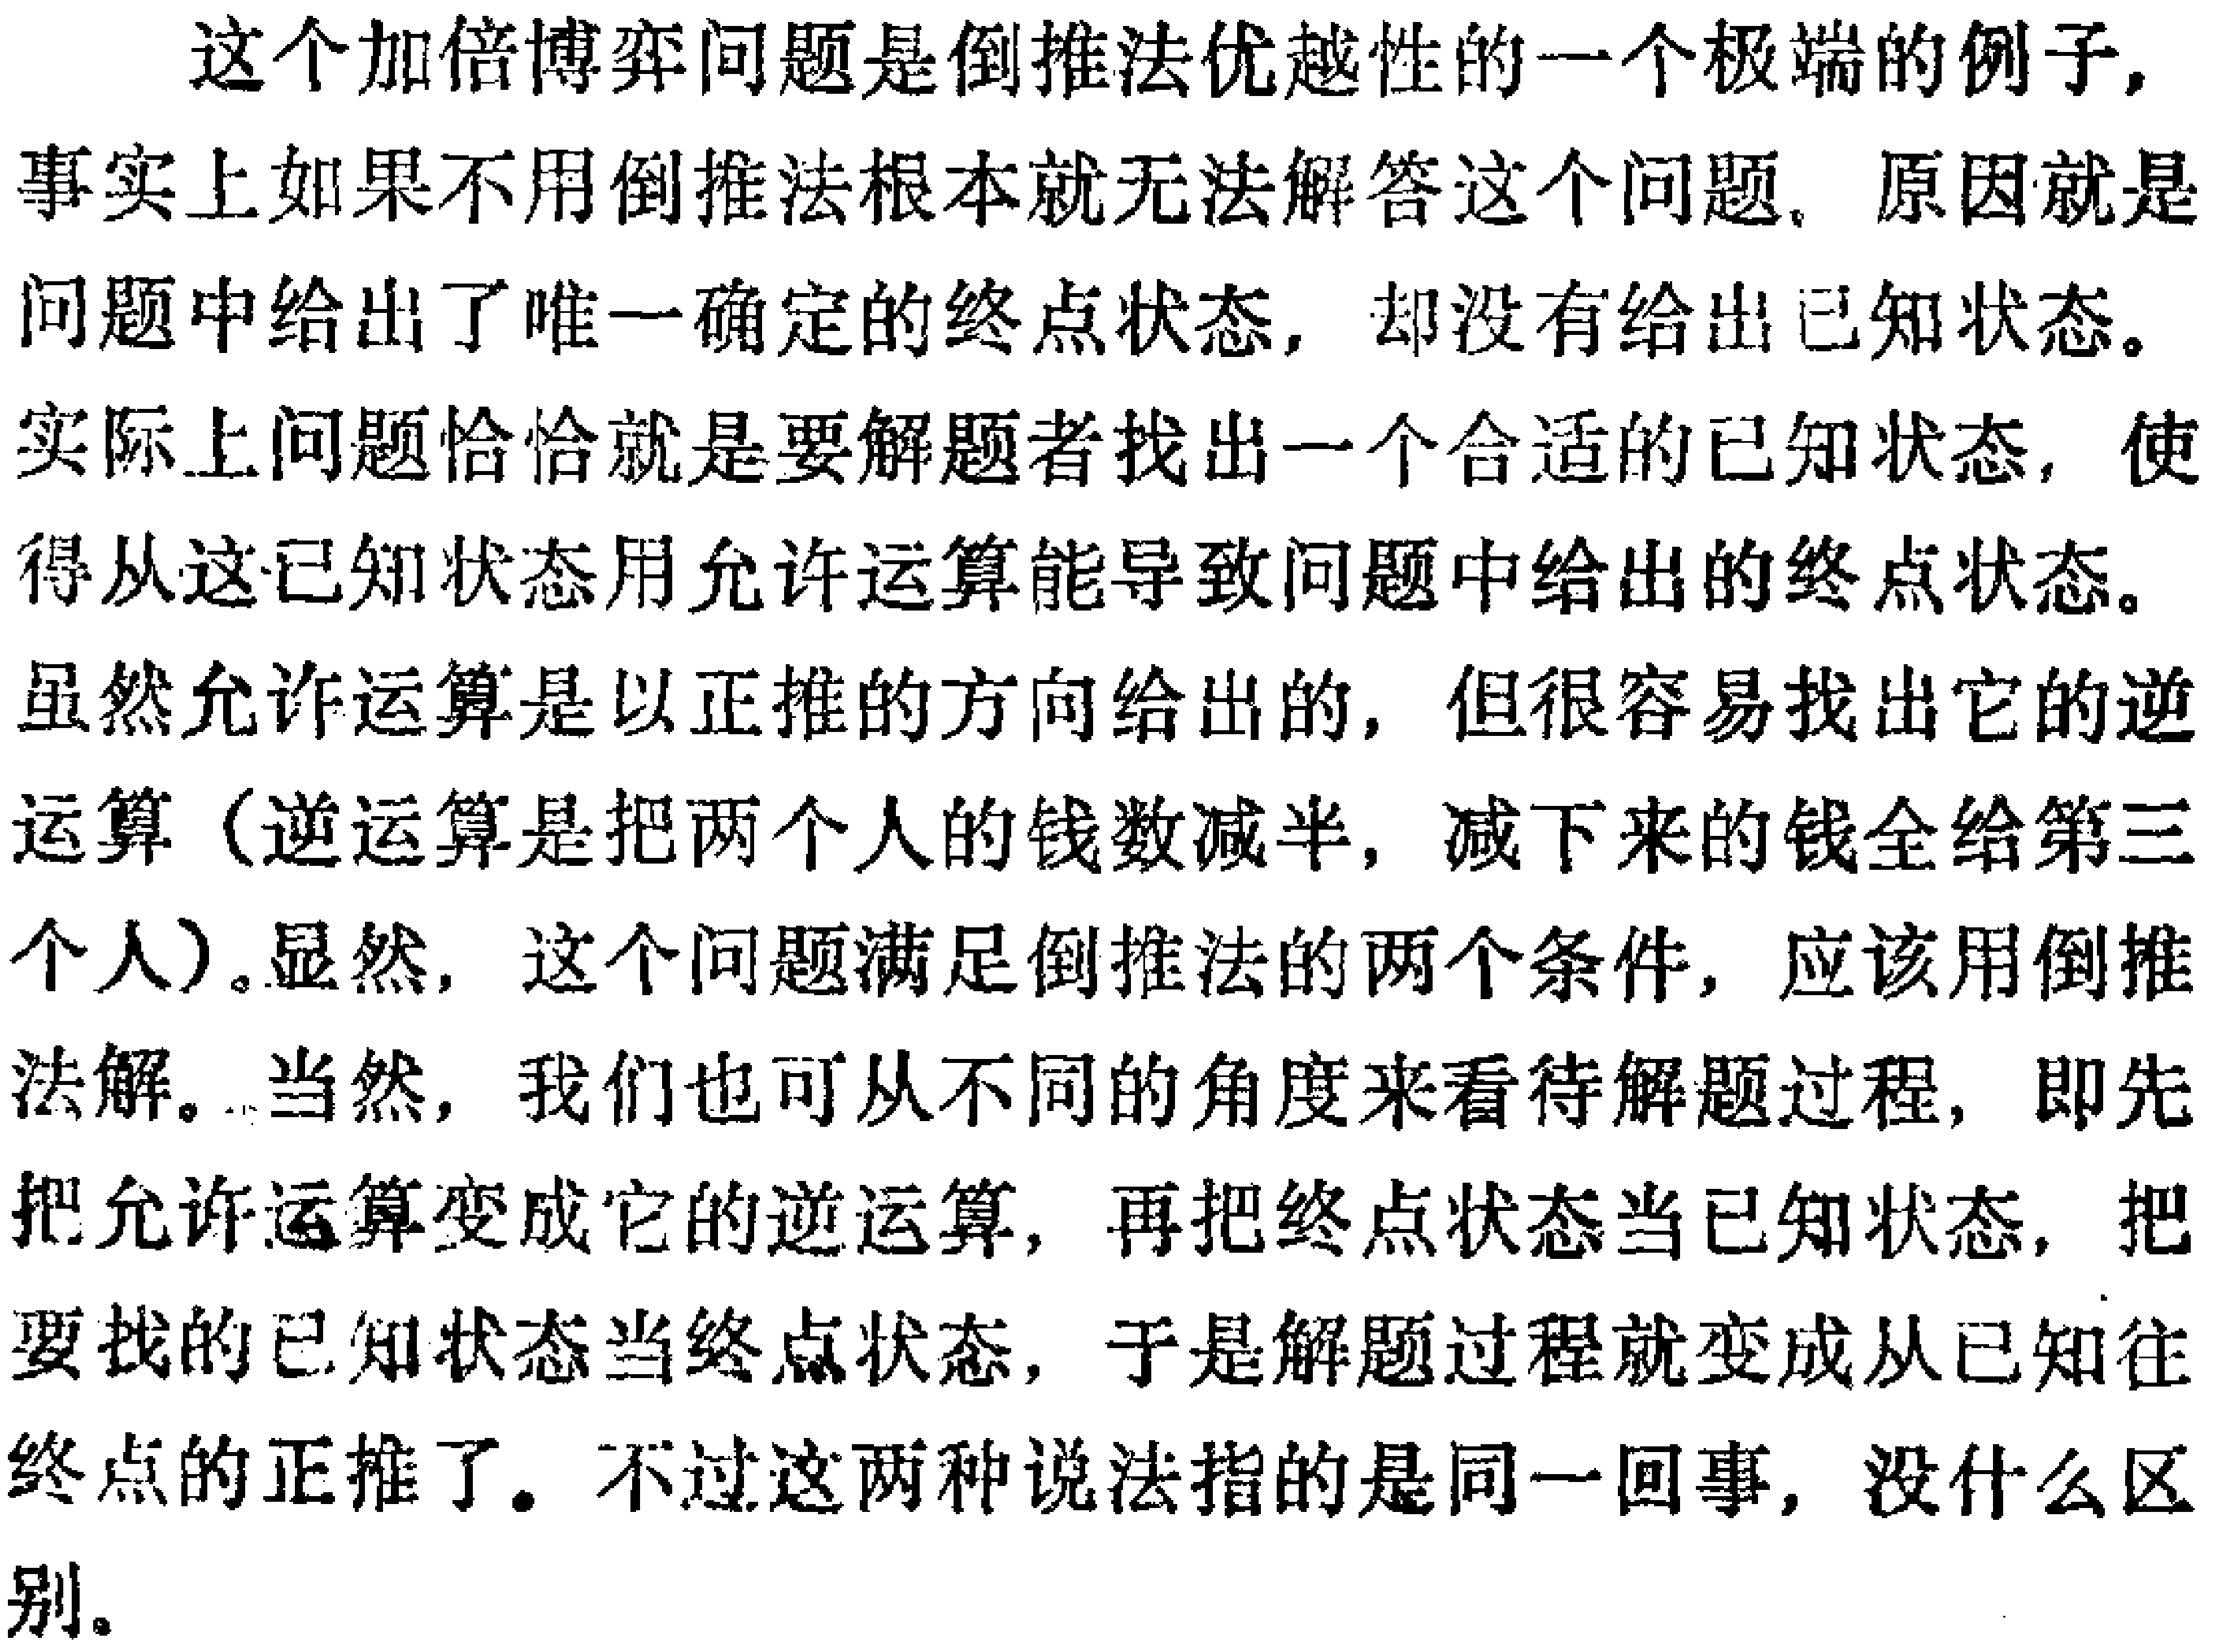
这个加倍博弈问题是倒推法优越性的一个极端的例子,
事实上如果不用倒推法根本就无法解答这个问题. 原因就是
问题中给出了唯一确定的终点状态, 却没有给出已知状态。
实际上问题恰恰就是要解题者找出一个合适的已知状态, 使
得从这已知状态用允许运算能导致问题中给出的终点状态。
虽然允许运算是以正推的方向给出的, 但很容易找出它的逆
运算（逆运算是把两个人的钱数减半, 减下来的钱全给第三
个人）。显然, 这个问题满足倒推法的两个条件, 应该用倒推
法解。当然, 我们也可从不同的角度来看待解题过程, 即先
把允许运算变成它的逆运算, 再把终点状态当已知状态, 把
要找的已知状态当终点状态, 于是解题过程就变成从已知往
终点的正推了。不过这两种说法指的是同一回事, 没什么区
别。